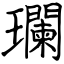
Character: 瓓